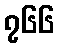
၇၆၆